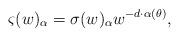
LaTeX: \begin{align*}\varsigma(w)_\alpha=\sigma(w)_\alpha w^{-d \cdot \alpha(\theta)},\end{align*}